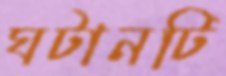
ঘটানটি